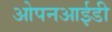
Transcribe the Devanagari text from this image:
ओपनआईडी